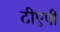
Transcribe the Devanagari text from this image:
टीएपी